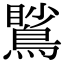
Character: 𪃧